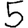
Digit: 5